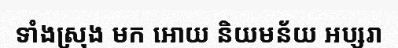
ទាំងស្រុង មក អោយ និយមន័យ អប្សរា